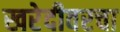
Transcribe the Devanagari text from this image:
खरेदीवरचा